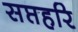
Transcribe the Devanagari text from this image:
सप्तहरि